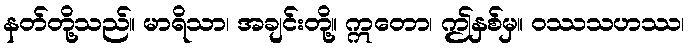
နတ်တို့သည်။ မာရိသာ၊ အချင်းတို့။ ဣတော၊ ဤနှစ်မှ။ ဝဿသဟဿ၊